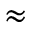
\approx